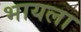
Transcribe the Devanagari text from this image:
भायला